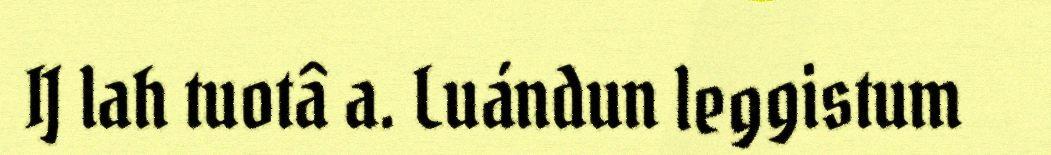
IJ lah tuotâ a. Luándun leggistum